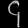
Digit: ၄